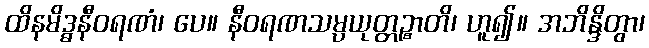
ထိနမိဒ္ဓနီဝရဏံ၊ ပေ။ နီဝရဏသမ္ပယုတ္တဉ္စာတိ၊ ဟူ၍။ အဘိန္ဒိတွာ၊